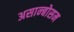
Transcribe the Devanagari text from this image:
असान्बोसम